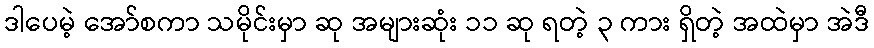
ဒါပေမဲ့ အော်စကာ သမိုင်းမှာ ဆု အများဆုံး ၁၁ ဆု ရတဲ့ ၃ ကား ရှိတဲ့ အထဲမှာ အဲဒီ